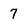
Character: 7